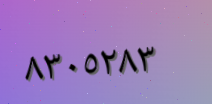
٨٣٠٥٢٨٣